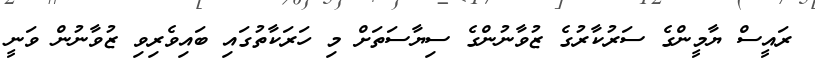
ރައީސް ޔާމީންގެ ސަރުކާރުގެ ޒުވާނުންގެ ސިޔާސަތަށް މި ހަރަކާތުގައި ބައިވެރިވި ޒުވާނުން ވަނީ